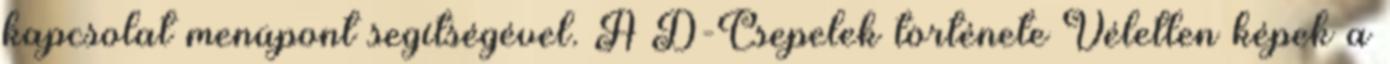
kapcsolat menüpont segítségével. A D-Csepelek története Véletlen képek a